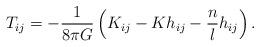
LaTeX: \begin{align*}T_{ij}=-\frac{1}{8\pi G} \left(K_{ij}-Kh_{ij}-\frac{n}{l}h_{ij}\right).\end{align*}